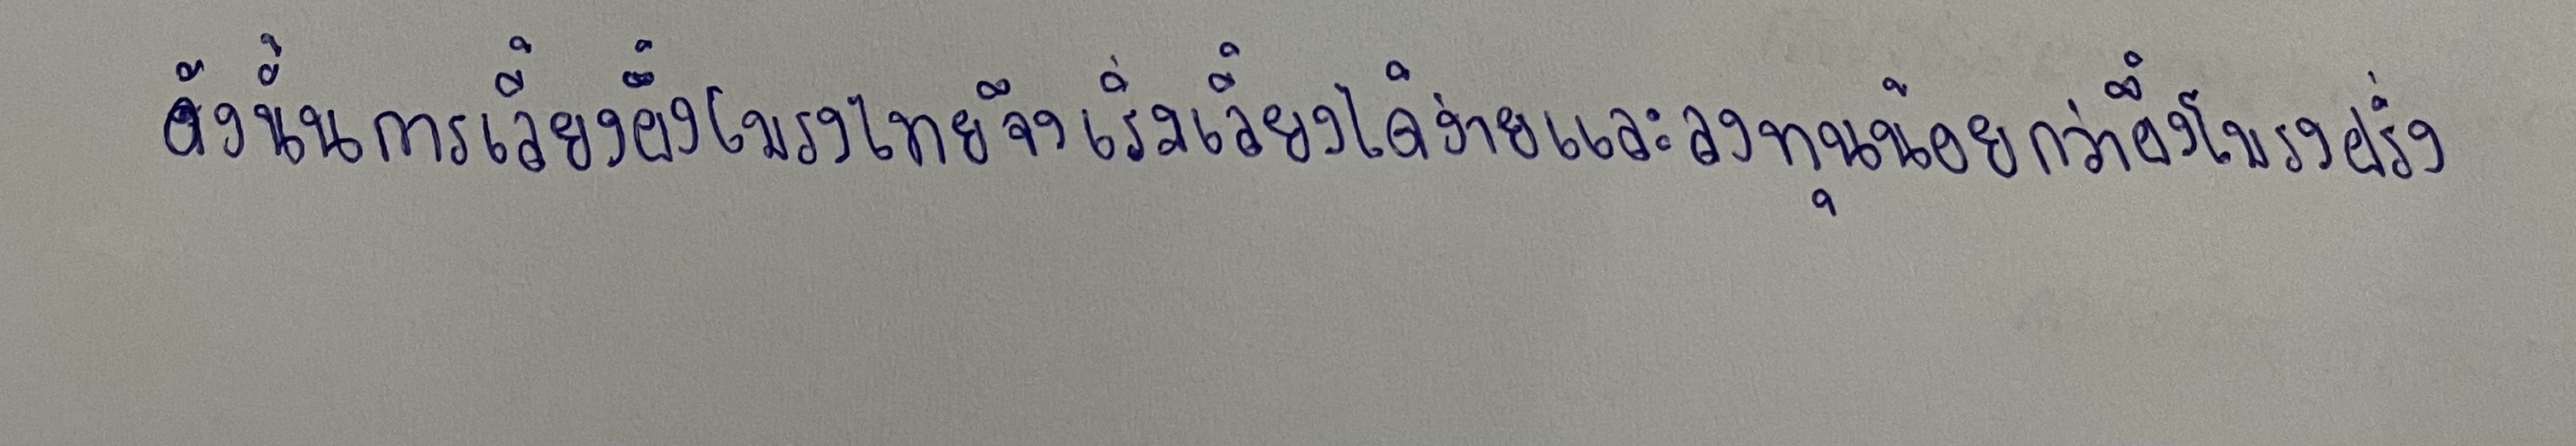
ดังนั้นการเลี้ยงผึ้งโพรงไทยจึงเริ่มเลี้ยงได้ง่ายและลงทุนน้อยกว่าผึ้งโพรงฝรั่ง